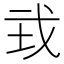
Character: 㦱